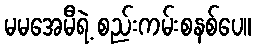
မမအေမီရဲ့ စည်းကမ်းစနစ်ပေ။